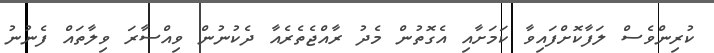
ކުރިންވެސް ލަފާކޮށްފައިވާ ކަމަށާއި އެގޮތުން މެދު ރާއްޖެތެރެއާ ދެކުނުން ވިއްސާރަ ވިލާތައް ފެނުނު